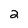
Character: 2